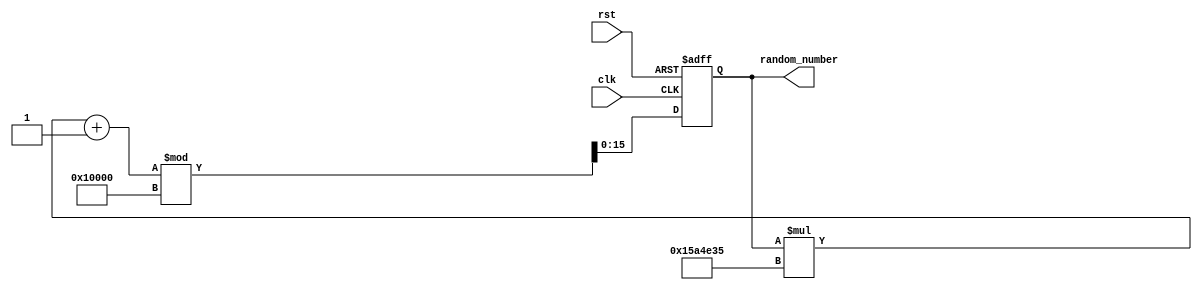
module lcg_random_number_generator (
    input clk,
    input rst,
    output wire [15:0] random_number
);

reg [15:0] state;

// LCG parameters (using the constants from the Borland C/C++ LCG)
parameter A = 22695477; // Multiplier
parameter C = 1;        // Increment
parameter M = 65536;    // Modulus

always @(posedge clk or posedge rst) begin
    if (rst) begin
        state <= 16'hACE1; // Initial seed value (can be any non-zero value)
    end else begin
        state <= (state * A + C) % M;
    end
end

assign random_number = state;

endmodule